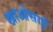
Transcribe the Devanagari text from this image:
खाओसाई